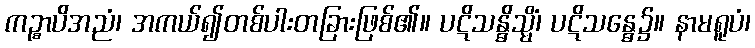
ကဉ္စာပိအညံ၊ အကယ်၍တစ်ပါးတခြားဖြစ်၏။ ပဋိသန္ဓိသ္မိံ၊ ပဋိသန္ဓေ၌။ နာမရူပံ၊